Leaving Certificate Examination, 1913
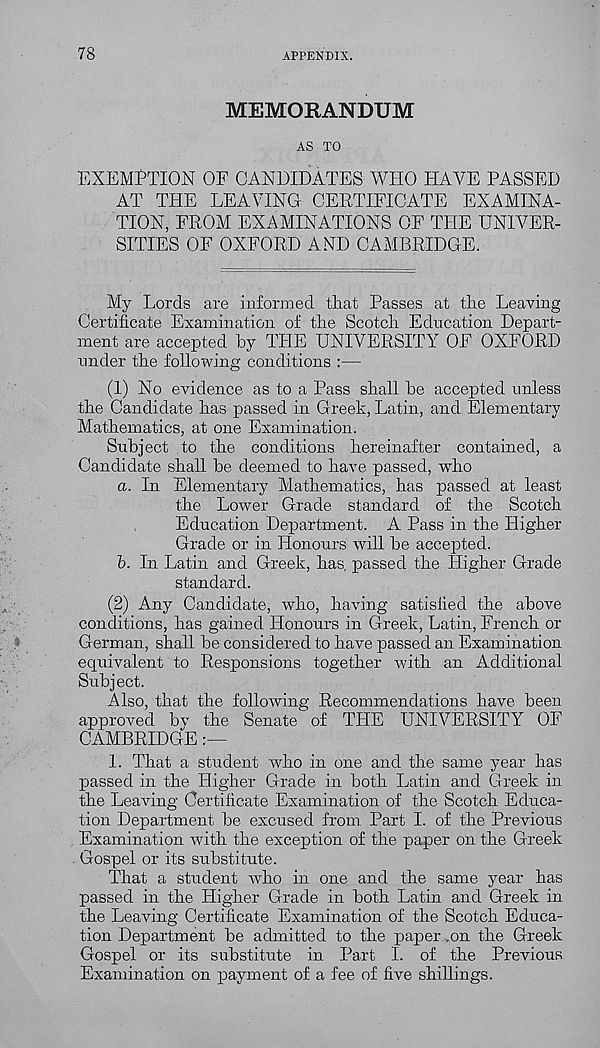
78
APPENDIX.
MEMORANDUM
AS TO
EXEMPTION OF CANDIDATES WHO HAVE PASSED
AT THE LEAVING CERTIFICATE EXAMINA-
TION, FROM EXAMINATIONS OF THE UNIVER-
SITIES OF OXFORD AND CAMBRIDGE.
My Lords are informed that Passes at tire Leaving
Certificate Examination of tire Scotch Education Depart-
ment are accepted by THE UNIVERSITY OF OXFORD
under the following conditions :—
(1) No evidence as to a Pass shall be accepted unless
the Candidate has passed in Greek, Latin, and Elementary
Mathematics, at one Examination.
Subject to the conditions hereinafter contained, a
Candidate shall be deemed to have passed, who
a. In Elementary Mathematics, has passed at least
the Lower Grade standard of the Scotch
Education Department. A Pass in the Higher
Grade or in Honours will be accepted.
b. In Latin and Greek, has. passed the Higher Grade
standard.
(2) Any Candidate, who, having satisfied the above
conditions, has gained Honours in Greek, Latin, French or
German, shall be considered to have passed an Examination
equivalent to Responsions together with an Additional
Subject.
Also, that the following Recommendations have been
approved bv the Senate of THE UNIVERSITY OF
CAMBRIDGE
1. That a student who in one and the same year has
passed in the Higher Grade in both Latin and Greek in
the Leaving Certificate Examination of the Scotch Educa-
tion Department be excused from Part I. of the Previous
Examination with the exception of the paper on the Greek
Gospel or its substitute.
That a student who in one and the same year has
passed in the Higher Grade in both Latin and Greek in
the Leaving Certificate Examination of the Scotch Educa-
tion Department be admitted to the paper .on the Greek
Gospel or its substitute in Part I. of the Previous
Examination on payment of a fee of five shillings.